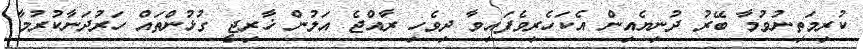
ކުރިމަތިނުވުމާ ބޭރު ދުނިޔެއިން އެކަހެރިވެފައިވާ ދިވެހި ރާއްޖެ އަލުން ޚާރިޖީ ގުޅުންތައް ހަރުދަނާކުރުމާ